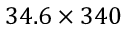
3 4 . 6 \times 3 4 0